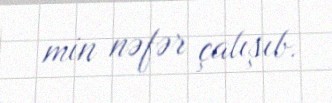
min nəfər çalışıb.